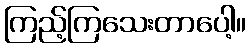
ကြည့်ကြသေးတာပေါ့။